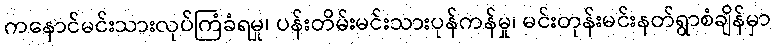
ကနောင်မင်းသားလုပ်ကြံခံရမှု၊ ပန်းတိမ်းမင်းသားပုန်ကန်မှု၊ မင်းတုန်းမင်းနတ်ရွာစံချိန်မှာ